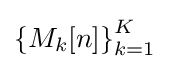
\left\{M_{k}[n]\right\}_{k=1}^{K}